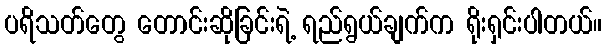
ပရိသတ်တွေ တောင်းဆိုခြင်းရဲ့ ရည်ရွယ်ချက်က ရိုးရှင်းပါတယ်။